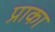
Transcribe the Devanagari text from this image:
प्राका